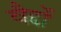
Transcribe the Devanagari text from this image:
वैद्दों